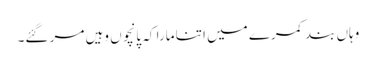
وہاں بند کمرے میں اتنا مارا کہ پانچوں وہیں مر گئے۔